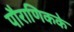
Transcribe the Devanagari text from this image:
पौराणिकके